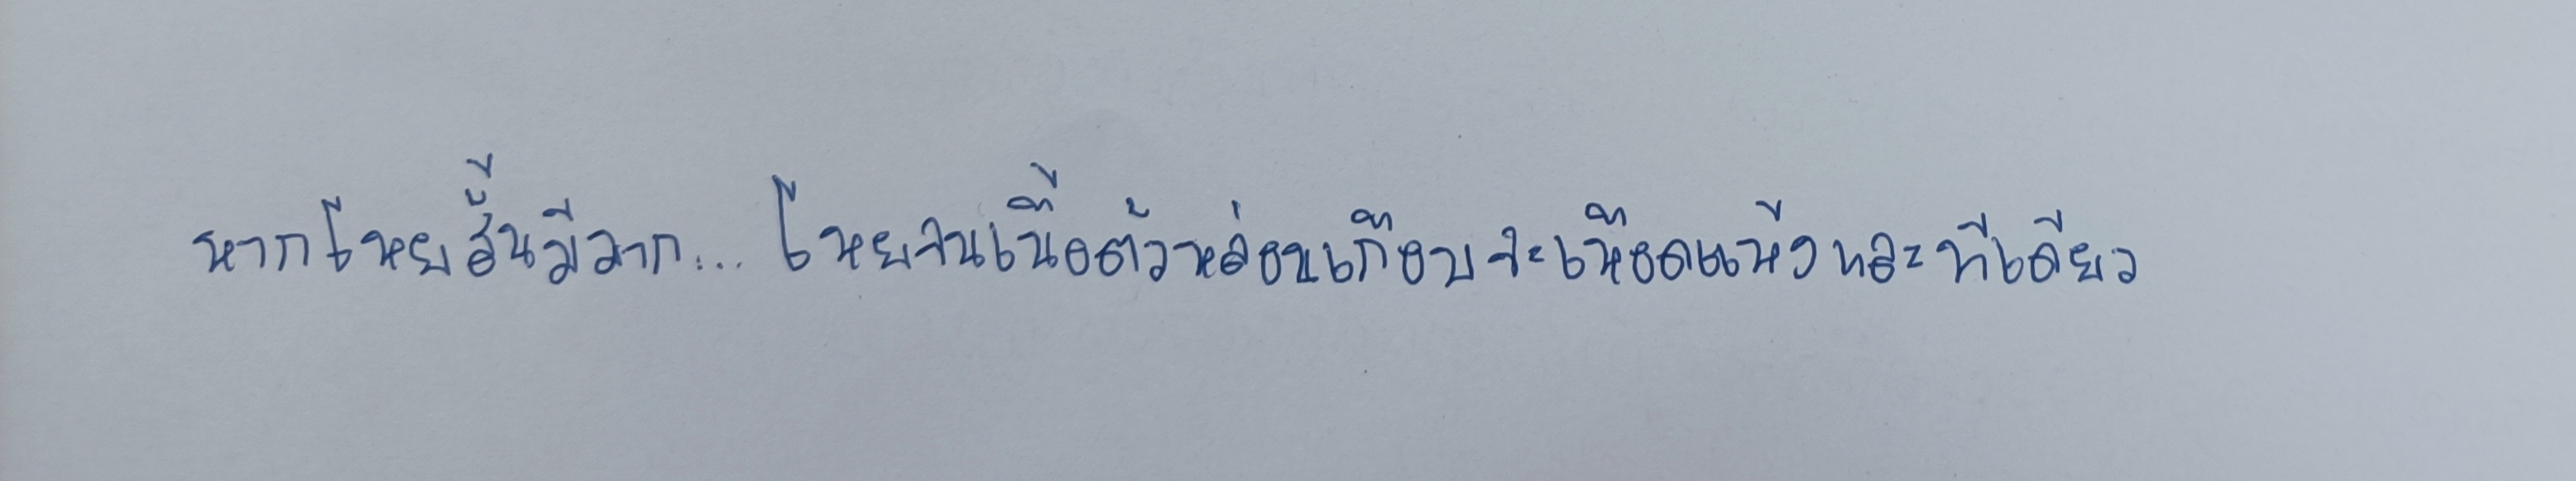
หากโหยสั้นมีมาก...โหยจนเนื้อตัวหล่อนเกือบจะเหือดแห้งและทีเดียว